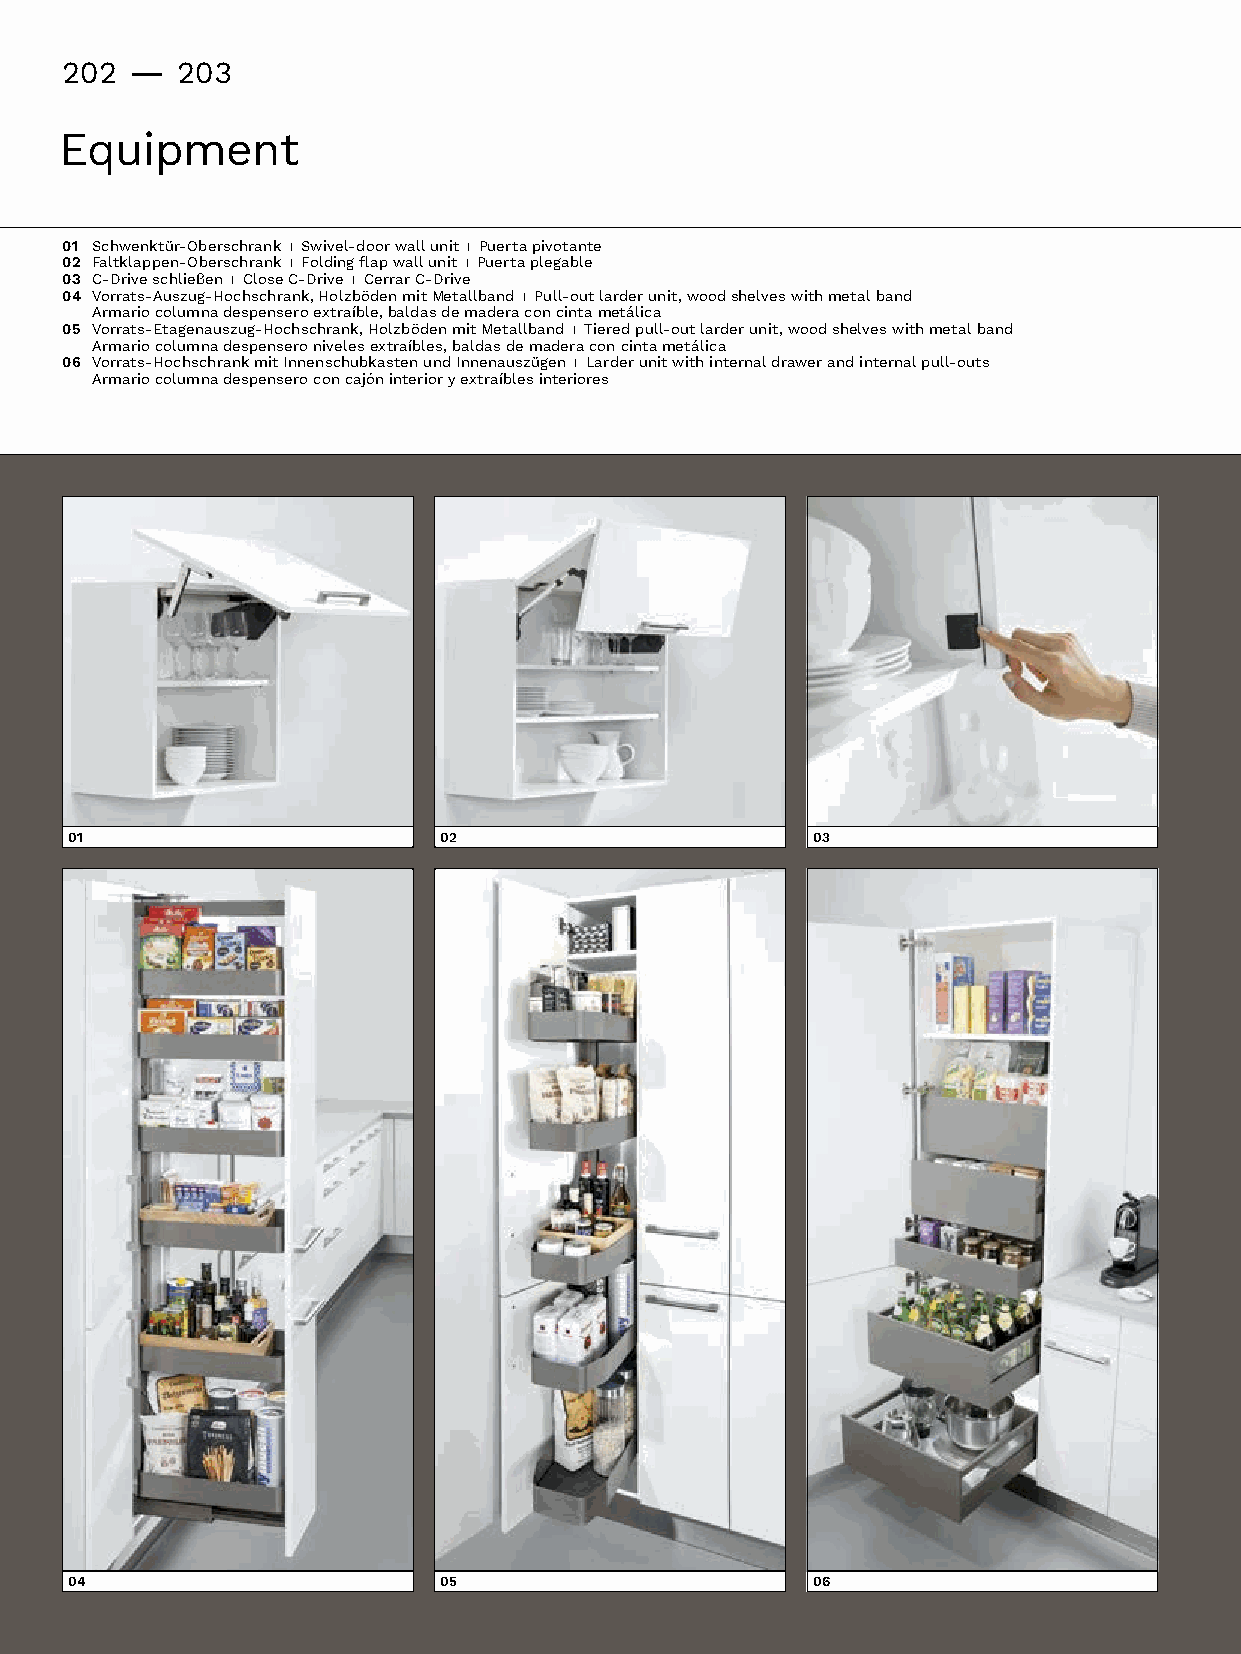
202 -   203
 Equipment
 01 Schwenktür-Oberschrank I Swivel-door wall unit I Puerta pivotante
 02 Faltklappen-Oberschrank I Foldingflapwallunit I Puertaplegable
 03 C-Driveschließen I Close C-Drive I Cerrar C-Drive
 04 V orrats-Auszug-Hochschrank,HolzbödenmitMetallband I Pull-outlarderunit,woodshelveswithmetalband
 Armariocolumnadespenseroextraíble,baldasdemaderaconcintametálica
 05 Vorrats-Etagenauszug-Hochschrank,HolzbödenmitMetallband I Tieredpull-outlarderunit,woodshelveswithmetalband
 Armariocolumnadespenseronivelesextraíbles,baldasdemaderaconcintametálica
 06 Vorrats-HochschrankmitInnenschubkastenundInnenauszügen I Larder unit with internal drawer and internal pull-outs
 Armariocolumnadespenseroconcajóninterioryextraíblesinteriores
 01                       02                       03
 04                       05                       06